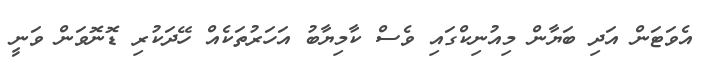
އެވަޓަން އަދި ބަޔާން މިއުނިކްގައި ވެސް ކާމިޔާބު އަހަރުތަކެއް ހޭދަކުރި ޑޮނޮވަން ވަނީ